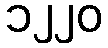
၁၂၂၀